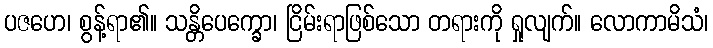
ပဇဟေ၊ စွန့်ရာ၏။ သန္တိပေက္ခော၊ ငြိမ်းရာဖြစ်သော တရားကို ရှုလျက်။ လောကာမိသံ၊